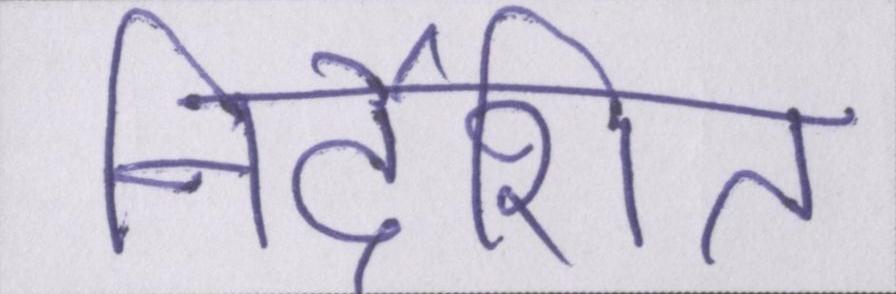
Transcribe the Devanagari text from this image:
निर्देशित